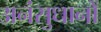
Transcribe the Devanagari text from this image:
अनंसुधानों